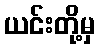
ယင်းတို့မှ